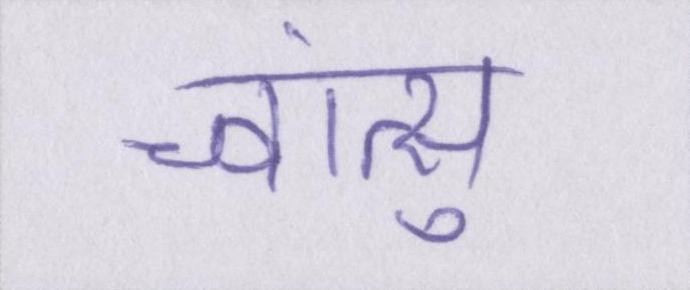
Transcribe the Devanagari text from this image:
च्वांत्सु